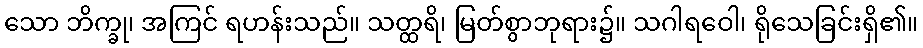
သော ဘိက္ခု၊ အကြင် ရဟန်းသည်။ သတ္ထရိ၊ မြတ်စွာဘုရား၌။ သဂါရဝေါ၊ ရိုသေခြင်းရှိ၏။